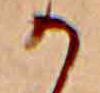
か